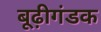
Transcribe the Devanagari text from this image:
बूढ़ीगंडक